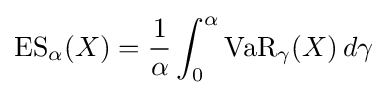
\operatorname {ES} _{\alpha }(X)={\frac {1}{\alpha }}\int _{0}^{\alpha }\operatorname {VaR} _{\gamma }(X)\,d\gamma